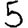
Digit: 5